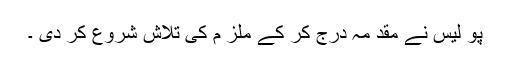
پو لیس نے مقد مہ درج کر کے ملز م کی تلاش شروع کر دی ۔